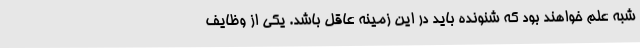
شبه علم خواهند بود که شنونده باید در این زمینه عاقل باشد. یکی از وظایف